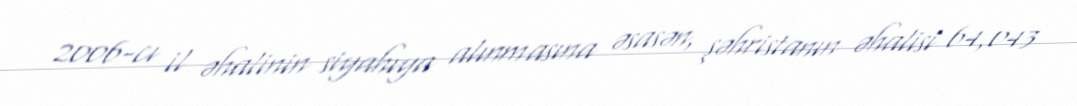
2006-cı il əhalinin siyahıya alınmasına əsasən, şəhristanın əhalisi 64,043